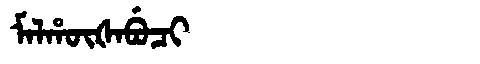
Manchu: ᠮᠠᠯᡥᡡᡧᠠᠪᡠᠴᡳ
Romanization: MALHŪŠABUCI